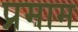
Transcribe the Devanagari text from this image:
प्रमाम